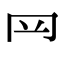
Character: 𦉰